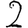
Digit: 2